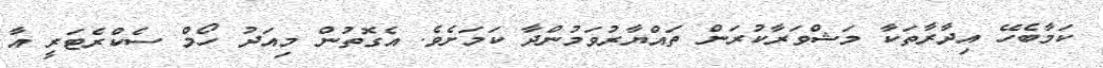
ކަމާބެހޭ އިދާރާތަކާ މަޝްވަރާކުރަން ތައްޔާރުވަމުންދާ ކަމަށެވެ. އެގޮތުން މިއަދު ހޯމް ސެކްރެޓަރީ އާ